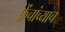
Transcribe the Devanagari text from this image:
फ्रेंचांच्याच